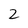
Character: 2